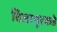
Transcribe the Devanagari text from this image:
विजापूरकडे